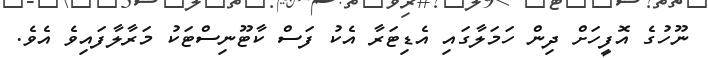
ނޫހުގެ އޮފީހަށް ދިން ހަމަލާގައި އެޑިޓަރާ އެކު ފަސް ކާޓޫނިސްޓަކު މަރާލާފައިވެ އެވެ.